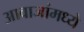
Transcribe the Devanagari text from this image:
आवाजांमध्ये